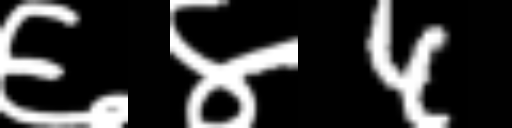
Text: ६४4